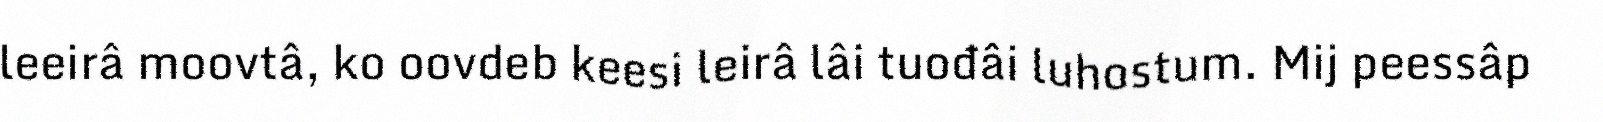
leeirâ moovtâ, ko oovdeb keesi leirâ lâi tuođâi luhostum. Mij peessâp